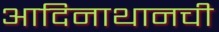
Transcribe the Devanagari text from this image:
आदिनाथानची